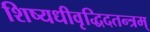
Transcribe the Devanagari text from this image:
शिष्यधीवृद्धिदतन्त्रम्